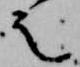
之